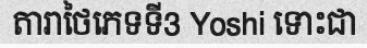
តារាថៃភេទទី3 Yoshi ទោះជា